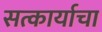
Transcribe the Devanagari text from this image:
सत्कार्याचा